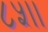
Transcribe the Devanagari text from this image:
८५।।